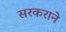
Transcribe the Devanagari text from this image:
सरकराने